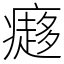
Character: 㿐